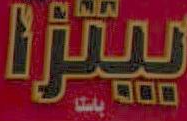
بيتزا